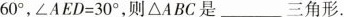
6 0 °$$，$$∠ A E D = 3 0 °$$，则△ABC是___三角形。